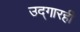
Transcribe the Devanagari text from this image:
उद्‌गारही